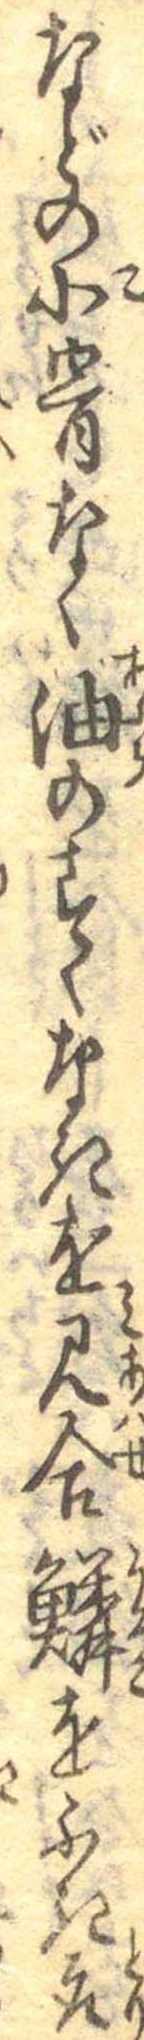
などの小骨なく油のすくなきを見合鱗をふき取